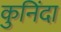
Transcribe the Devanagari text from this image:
कुनिंदा